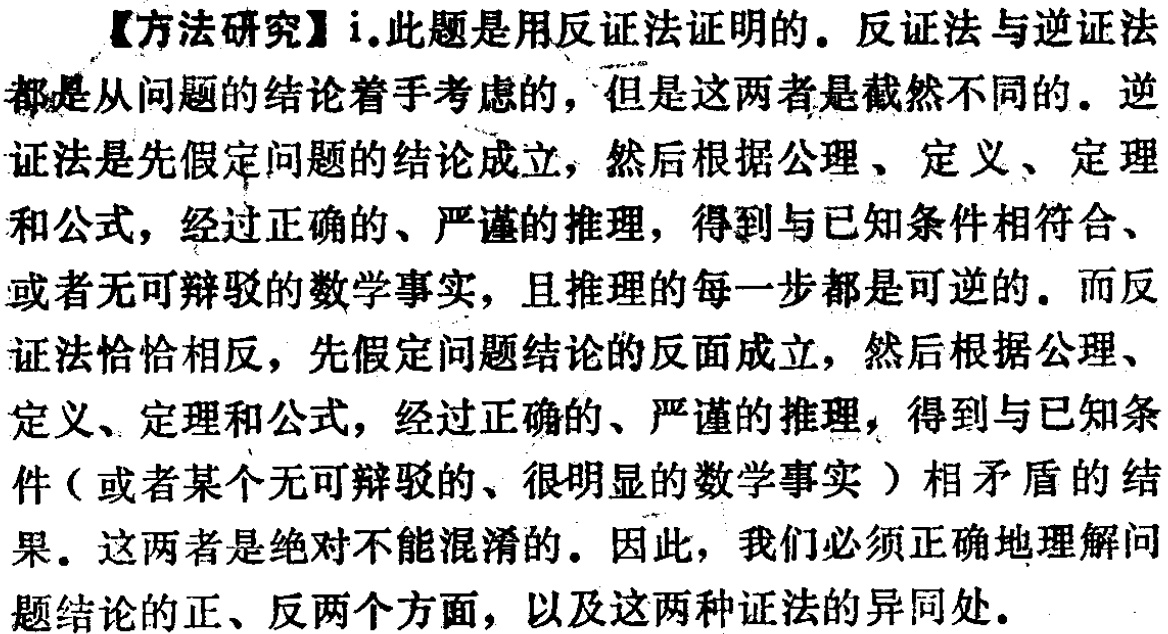
【方法研究】i.此题是用反证法证明的。反证法与逆证法都是从问题的结论着手考虑的，但是这两者是截然不同的。逆证法是先假定问题的结论成立，然后根据公理、定义、定理和公式，经过正确的、严谨的推理，得到与已知条件相符合、或者无可辩驳的数学事实，且推理的每一步都是可逆的。而反证法恰恰相反，先假定问题结论的反面成立，然后根据公理、定义、定理和公式，经过正确的、严谨的推理，得到与已知条件（或者某个无可辩驳的、很明显的数学事实）相矛盾的结果。这两者是绝对不能混淆的。因此，我们必须正确地理解问题结论的正、反两个方面，以及这两种证法的异同处。